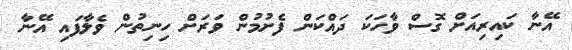
އޭނާ ކައިރިއަށް ގޮސް ވާހަކަ ދައްކަން ފެށުމުން ވަރަށް ހިނިތުން ވެލާފައި އޭނާ